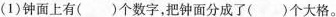
(1)钟面上有()个数字，把钟面分成了()个大格。